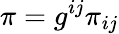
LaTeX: \pi=g^{ij}\pi_{ij}